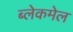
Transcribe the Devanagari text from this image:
ब्लेकमेल